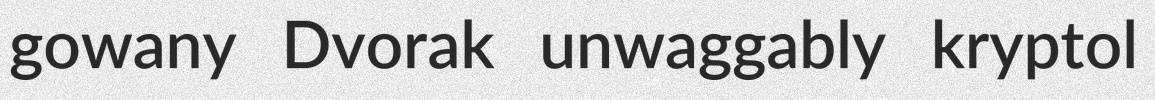
gowany Dvorak unwaggably kryptol